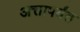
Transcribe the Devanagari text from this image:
अत्तापर्यंत